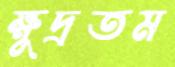
ক্ষুদ্রতম